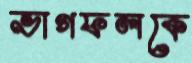
ভাগফলকে